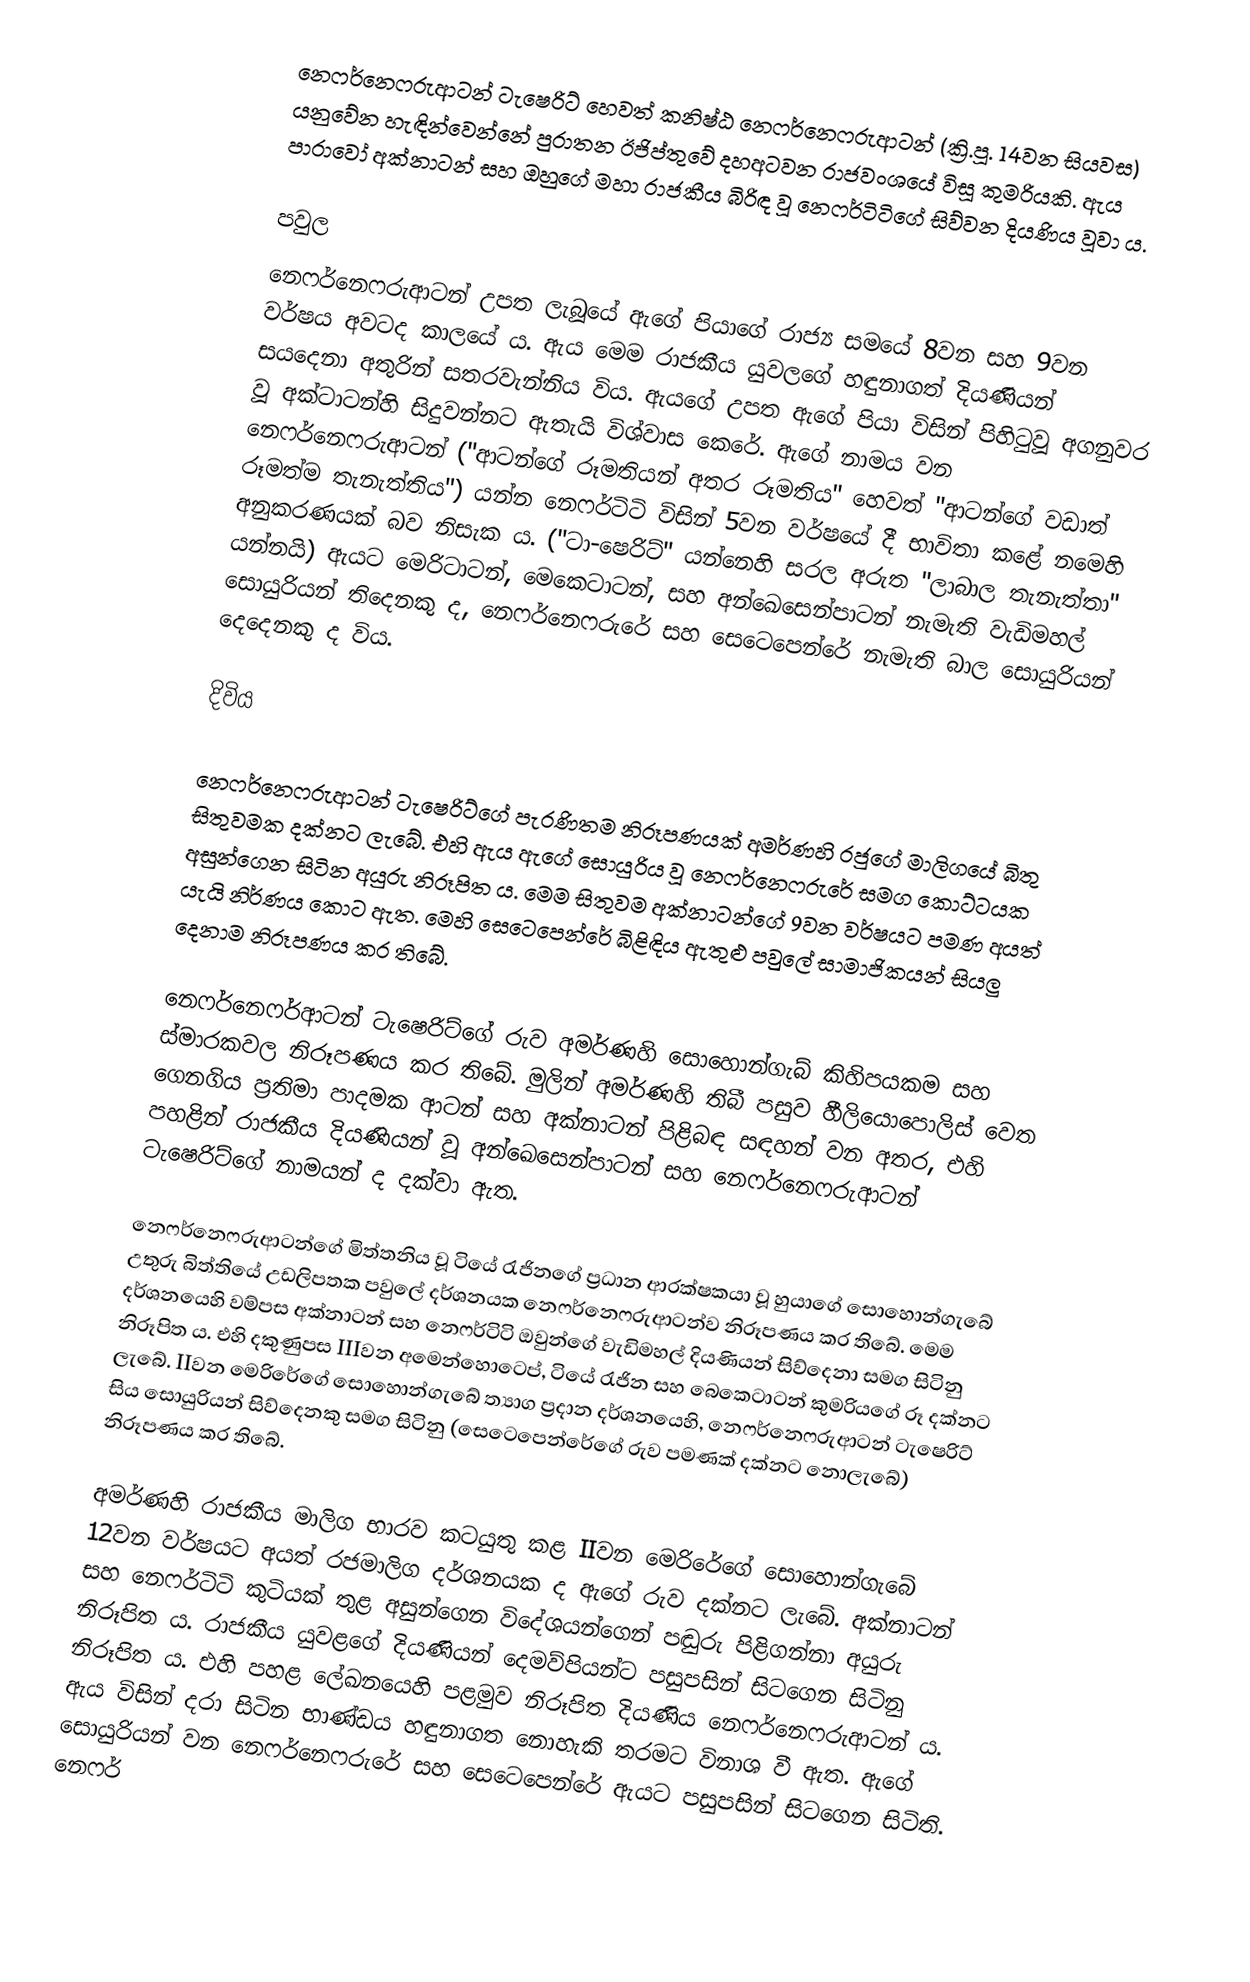
නෙෆර්නෙෆරුආටන් ටැෂෙරිට් හෙවත් කනිෂ්ඨ නෙෆර්නෙෆරුආටන් (ක්‍රි.පූ. 14වන සියවස) යනුවේන හැඳින්වෙන්නේ පුරාතන ඊජිප්තුවේ දහඅටවන රාජවංශයේ විසූ කුමරියකි. ඇය පාරාවෝ අක්නාටන් සහ ඔහුගේ මහා රාජකීය බිරිඳ වූ නෙෆර්ටිටිගේ සිව්වන දියණිය වූවා ය.

පවුල
නෙෆර්නෙෆරුආටන් උපත ලැබූයේ ඇගේ පියාගේ රාජ්‍ය සමයේ 8වන සහ 9වන වර්ෂය අවටද  කාලයේ ය. ඇය මෙම රාජකීය යුව‍ලගේ හඳුනාගත් දියණියන් සයදෙනා අතුරින් සතරවැන්නිය විය. ඇයගේ උපත ඇගේ පියා විසින් පිහිටුවූ අගනුවර වූ අක්ටාටන්හි සිදුවන්නට ඇතැයි විශ්වාස කෙරේ. ඇගේ නාමය වන නෙෆර්නෙෆරුආටන් ("ආටන්ගේ රූමතියන් අතර රූමතිය" හෙවත් "ආටන්ගේ වඩාත් රූමත්ම තැනැත්තිය") යන්න නෙෆර්ටිටි විසින් 5වන වර්ෂයේ දී භාවිතා කළේ නමෙහි අනුකරණයක් බව නිසැක ය. ("ටා-ෂෙරිට්" යන්නෙහි සරල අරුත "ලාබාල තැනැත්තා" යන්නයි) ඇයට මෙරිටාටන්, මෙකෙටාටන්, සහ අන්ඛෙසෙන්පාටන් නැමැති වැඩිමහල් සොයුරියන් තිදෙනකු ද, නෙෆර්නෙෆරුරේ සහ සෙටෙපෙන්රේ නැමැති බාල සොයුරියන් දෙදෙනකු ද විය.

දිවිය

නෙෆර්නෙෆරුආටන් ටැෂෙරිට්ගේ පැරණිතම නිරූපණයක් අමර්ණහි රජුගේ මාලිගයේ බිතු සිතුවමක දක්නට ලැබේ. එහි ඇය ඇගේ සොයුරිය වූ නෙෆර්නෙෆරුරේ සමග කොට්ටයක අසුන්ගෙන සිටින අයුරු නිරූපිත ය. මෙම සිතුවම අක්නාටන්ගේ 9වන වර්ෂයට පමණ අයත් යැයි නිර්ණය කොට ඇත. මෙහි සෙටෙපෙන්රේ බිළිඳිය ඇතුළු පවුලේ සාමාජිකයන් සියලු දෙනාම නිරූපණය කර තිබේ.

නෙෆර්නෙෆර්ආටන් ටැෂෙරිට්ගේ රුව අමර්ණහි සොහොන්ගැබ් කිහිපයකම සහ ස්මාරකවල නිරූපණය කර තිබේ. මුලින් අමර්ණහි තිබී පසුව හීලියොපොලිස් වෙත ගෙනගිය ප්‍රතිමා පාදමක ආටන් සහ අක්නාටන් පිළිබඳ සඳහන් වන අතර, එහි පහළින් රාජකීය දියණියන් වූ අන්ඛෙසෙන්පාටන් සහ නෙෆර්නෙෆරුආටන් ටැෂෙරිට්ගේ නාමයන් ද දක්වා ඇත.

නෙෆර්නෙෆරුආටන්ගේ මිත්තනිය වූ ටියේ රැජිනගේ ප්‍රධාන ආරක්ෂකයා වූ හුයාගේ සොහොන්ගැබේ උතුරු බිත්තියේ උඩලිපතක පවුලේ දර්ශනයක නෙෆර්නෙෆරුආටන්ව නිරූපණය කර තිබේ. මෙම දර්ශ‍නයෙහි වම්පස අක්නාටන් සහ නෙෆර්ටිටි ඔවුන්ගේ වැඩිමහල් දියණියන් සිව්දෙනා සමග සිටිනු නිරූපිත ය. එහි දකුණුපස IIIවන අමෙන්හොටෙප්, ටියේ රැජින සහ බෙකෙටාටන් කුමරියගේ රූ දක්නට ලැබේ. IIවන මෙරිරේගේ සොහොන්ගැබේ ත්‍යාග ප්‍රදාන දර්ශනයෙහි, නෙෆර්නෙෆරුආටන් ටැෂෙරිට් සිය සොයුරියන් සිව්දෙනකු සමග සිටිනු (සෙටෙපෙන්රේගේ රුව පමණක් දක්නට නොලැබේ) නිරූපණය කර තිබේ.

අමර්ණහි රාජකීය මාලිග භාරව කටයුතු කළ IIවන මෙරිරේගේ සොහොන්ගැබේ 12වන වර්ෂයට අයත් රජමාලිග දර්ශනයක ද ඇගේ රුව දක්නට ලැබේ. අක්නාටන් සහ නෙෆර්ටිටි කුටියක් තුළ අසුන්ගෙන විදේශයන්ගෙන් පඬුරු පිළිගන්නා අයුරු නිරූපිත ය. රාජකීය යුවළගේ දියණියන් දෙමව්පියන්ට පසුපසින් සිටගෙන සිටිනු නිරූපිත ය. එහි පහළ ලේඛනයෙහි පළමුව නිරූපිත දියණිය නෙෆර්නෙෆරුආටන් ය. ඇය විසින් දරා සිටින භාණ්ඩය හඳුනාගත නොහැකි තරමට විනාශ වී ඇත. ඇගේ සොයුරියන් වන නෙෆර්නෙෆරුරේ සහ සෙටෙපෙන්රේ ඇයට පසුපසින් සිටගෙන සිටිති. නෙෆර්